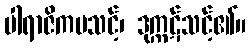
ပါရာဇိကမသင့်၊ ဒုက္ကဋ်သင့်၏။